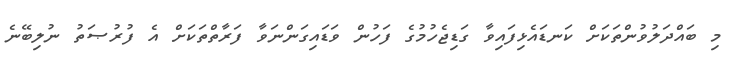
މި ބައްދަލުވުންތަކަށް ކަނޑައެޅިފައިވާ ގަޑިޖެހުމުގެ ފަހުން ވަޑައިގަންނަވާ ފަރާތްތަކަށް އެ ފުރުޞަތު ނުލިބޭނެ